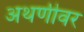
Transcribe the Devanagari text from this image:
अथणीवर